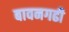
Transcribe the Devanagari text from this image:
बावनगढी